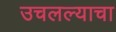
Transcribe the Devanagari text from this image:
उचलल्याचा